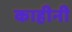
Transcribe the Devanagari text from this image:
काहीनी